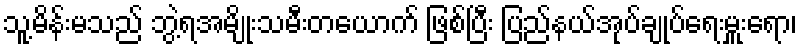
သူ့မိန်းမသည် ဘွဲ့ရအမျိုးသမီးတယောက် ဖြစ်ပြီး ပြည်နယ်အုပ်ချုပ်ရေးမှူးရော၊